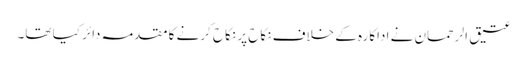
عتیق الرحمان نے اداکارہ کے خلاف نکاح پر نکاح کرنے کا مقدمہ دائر کیا تھا۔